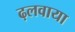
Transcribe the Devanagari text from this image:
ढ़लवाया